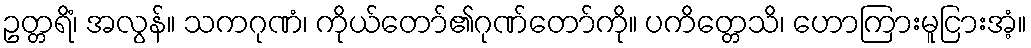
ဥတ္တရိံ၊ အလွန်။ သကဂုဏံ၊ ကိုယ်တော်၏ဂုဏ်တော်ကို။ ပကိတ္တေသိ၊ ဟောကြားမူငြားအံ့။